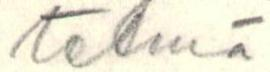
telmä